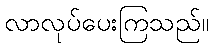
လာလုပ်ပေးကြသည်။